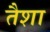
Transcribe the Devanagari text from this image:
तैशा